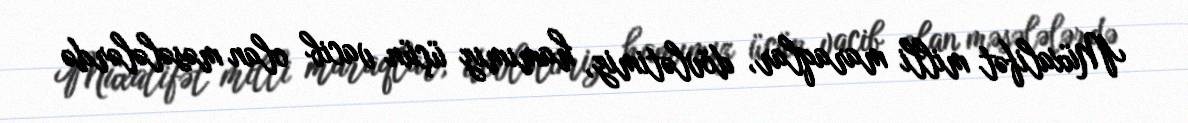
Müxalifət milli maraqlar, dövlətimiz, hamımız üçün vacib olan məsələlərdə